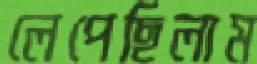
লেপেছিলাম